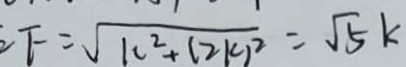
F = \sqrt { k ^ { 2 } + ( 2 k ) ^ { 2 } } = \sqrt { 5 } k